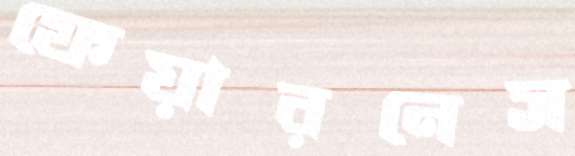
ফেয়ারনেস